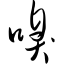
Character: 嗅